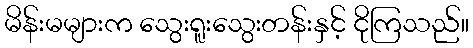
မိန်းမများက သွေးရူးသွေးတန်းနှင့် ငိုကြသည်။